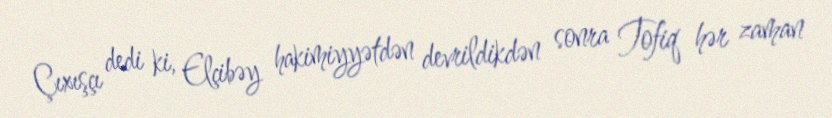
Çıxışçı dedi ki, Elçibəy hakimiyyətdən devrildikdən sonra Tofiq hər zaman